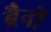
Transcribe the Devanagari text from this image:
ब्रैनों